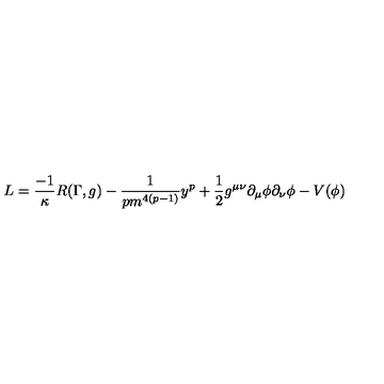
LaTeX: L = \frac { - 1 } { \kappa } R ( \Gamma , g ) - \frac { 1 } { p m ^ { 4 ( p - 1 ) } } y ^ { p } + \frac { 1 } { 2 } g ^ { \mu \nu } \partial _ { \mu } \phi \partial _ { \nu } \phi - V ( \phi )